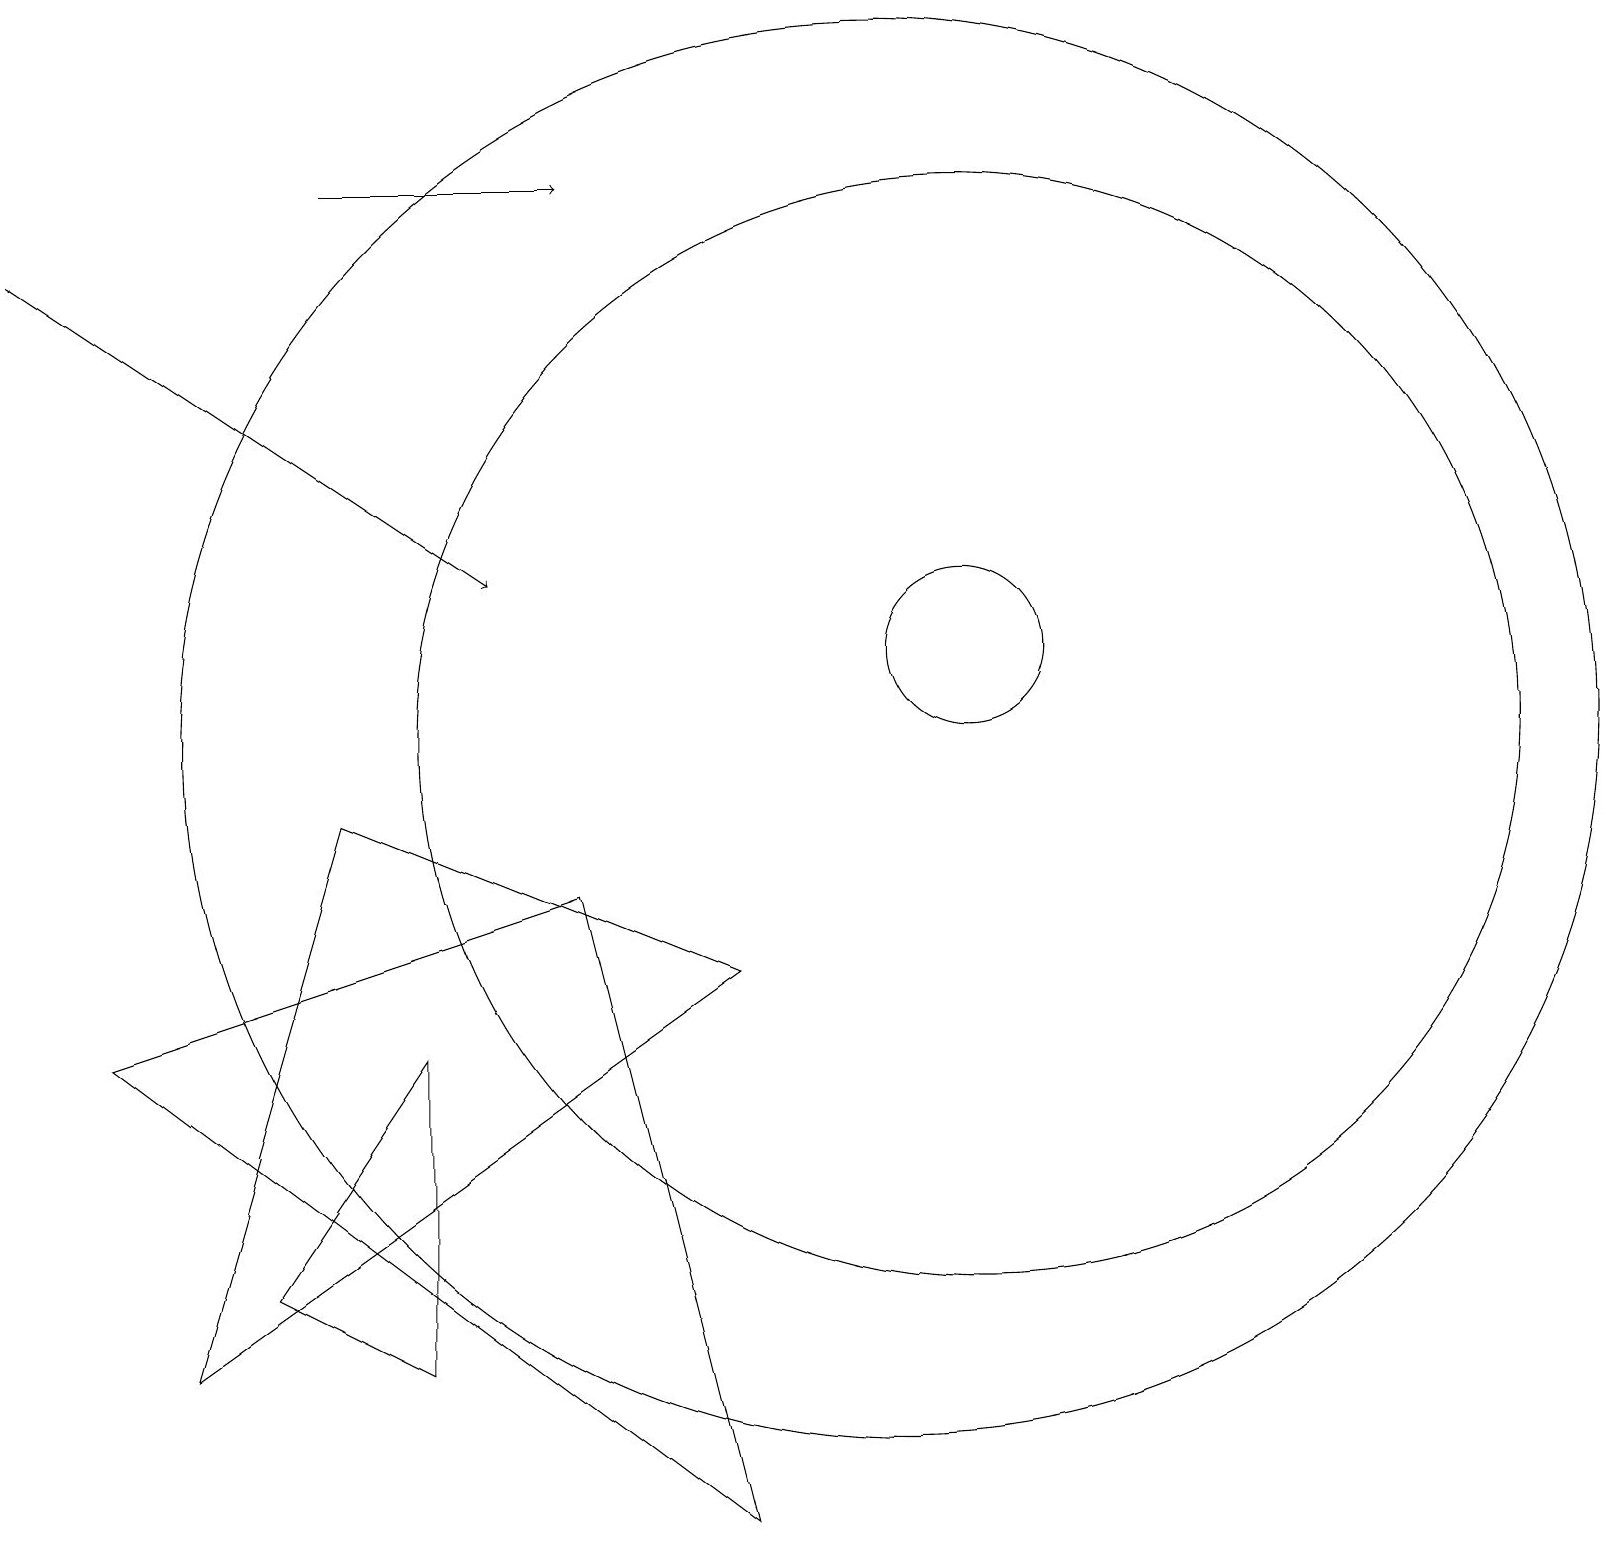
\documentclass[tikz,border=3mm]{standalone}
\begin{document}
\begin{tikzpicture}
\draw (5,6) -- (3,3) -- (5,2) -- cycle;
\draw[->] (4,17) -- (7,17);
\draw (12,10) circle (7);
\draw (12,11) circle (1);
\draw[->] (0,16) -- (6,12);
\draw (4,9) -- (2,2) -- (9,7) -- cycle;
\draw (11,10) circle (9);
\draw (9,0) -- (7,8) -- (1,6) -- cycle;
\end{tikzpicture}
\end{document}